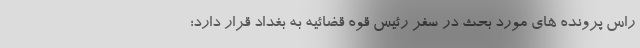
راس پرونده های مورد بحث در سفر رئیس قوه قضائیه به بغداد قرار دارد؛